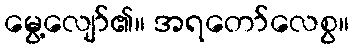
မွေ့လျော်၏။ အရတော်လေစွ။